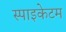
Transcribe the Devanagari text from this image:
स्पाइकेटम